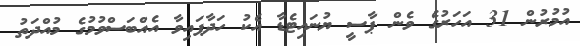
އުމުރުން 31 އަހަރުގެ ވެން ޕާސީ ޔުނައިޓެޑާ އެކު ހަދާފައިވާ އެއްބަސްވުމުގެ މުއްދަތު